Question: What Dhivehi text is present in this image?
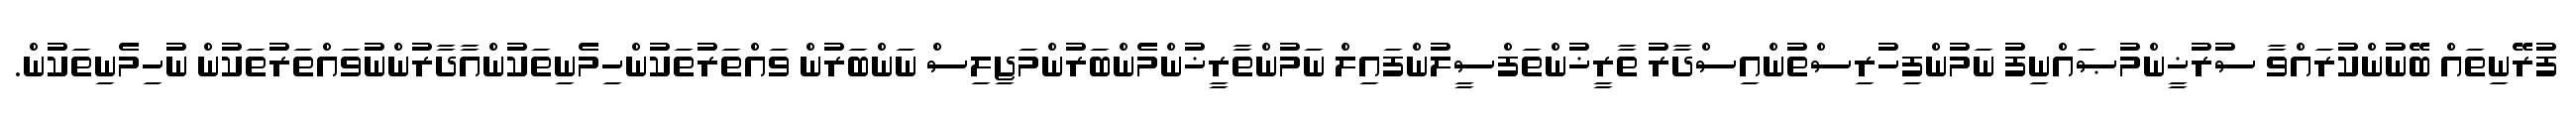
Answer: ފުރޭނިތައް ބޭނުންކުރައްވާ ސުރުޚީންމުޞައްނިފު ނަމުންފިހުރިސްތުންއިސްދާރު ތާރީޚުންތަފްސީލުންފައިލް ނަމުންތާރީޚުންމެންބަރުންމަޖިލިސް ނަންބަރުން ވައްތަރުތަކުންހިމެނިތަކުންއާދާރުންނުވައްތަރުތަކުން ނުހިމެނިތަކުން.